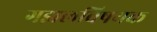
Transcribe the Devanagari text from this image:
गझलविषयक